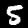
Label: 5